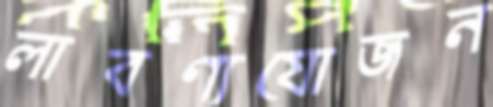
লাবণ্যযোজন